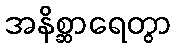
အနိစ္ဆာရေတွာ